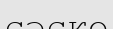
сәске